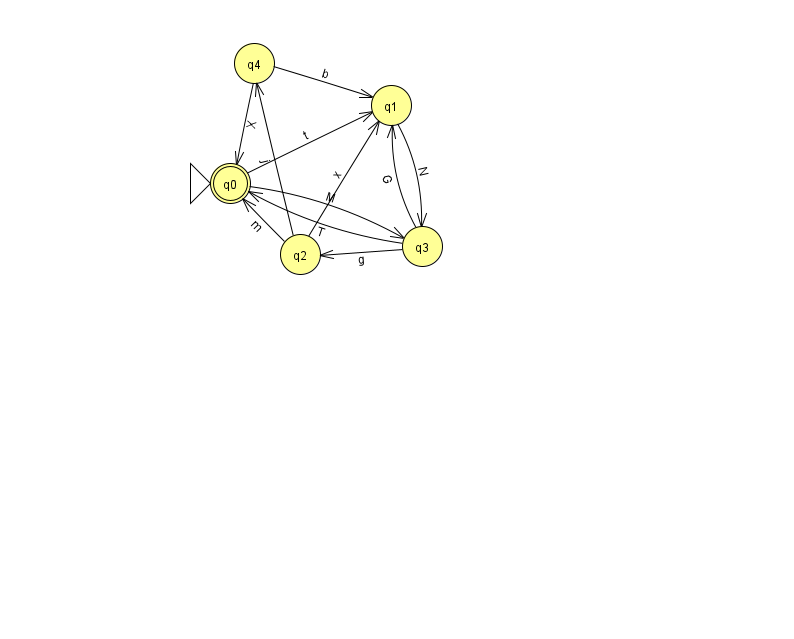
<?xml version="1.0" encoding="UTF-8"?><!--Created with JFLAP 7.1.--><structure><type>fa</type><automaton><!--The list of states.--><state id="0" name="q0"><x>230.0</x><y>170.0</y><initial/><final/></state><state id="1" name="q1"><x>391.0</x><y>92.0</y></state><state id="2" name="q2"><x>300.0</x><y>241.0</y></state><state id="3" name="q3"><x>422.0</x><y>233.0</y></state><state id="4" name="q4"><x>254.0</x><y>50.0</y></state><!--The list of transitions.--><transition><from>0</from><to>3</to><read>M</read></transition><transition><from>2</from><to>0</to><read>m</read></transition><transition><from>3</from><to>1</to><read>G</read></transition><transition><from>4</from><to>0</to><read>X</read></transition><transition><from>4</from><to>1</to><read>b</read></transition><transition><from>3</from><to>2</to><read>g</read></transition><transition><from>1</from><to>3</to><read>N</read></transition><transition><from>3</from><to>0</to><read>T</read></transition><transition><from>2</from><to>4</to><read>j</read></transition><transition><from>0</from><to>1</to><read>t</read></transition><transition><from>2</from><to>1</to><read>x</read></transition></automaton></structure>